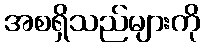
အစရှိသည်များကို